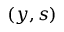
( y , s )